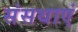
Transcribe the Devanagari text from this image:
संसथाएं